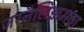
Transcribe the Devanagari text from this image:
जरनॅलिझमचा